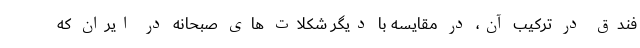
فندق در ترکیب آن، در مقایسه با دیگر شکلات های صبحانه در ایران که